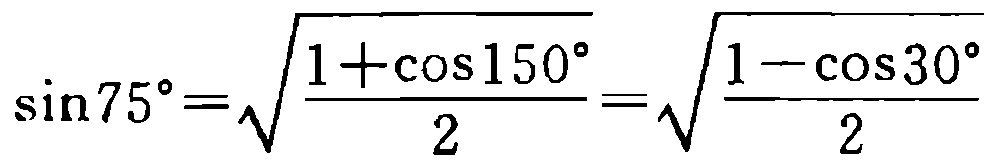
\(\sin75^{\circ}=\sqrt{\frac{1 + \cos150^{\circ}}{2}}=\sqrt{\frac{1 - \cos30^{\circ}}{2}}\)